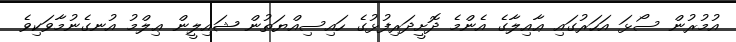
އުމުރުން ސޯޅަ އަހަރުގައި ޢާއިލާގެ އެންމެ ދޮށީދަރިފުޅުގެ ހައިސިއްޔަތުން ޝައިލީން ޢިލްމު އުނގެނުމާވަކިވެ